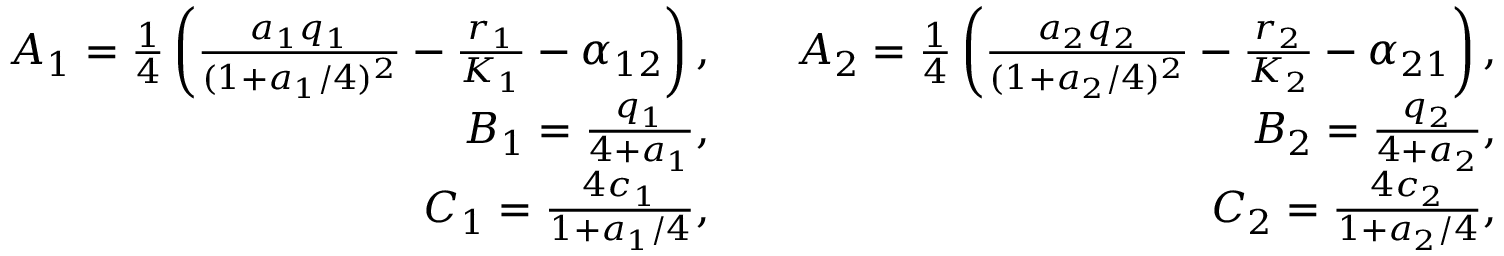
\begin{array} { r l r } { A _ { 1 } = \frac { 1 } { 4 } \left( \frac { a _ { 1 } q _ { 1 } } { ( 1 + a _ { 1 } / 4 ) ^ { 2 } } - \frac { r _ { 1 } } { K _ { 1 } } - \alpha _ { 1 2 } \right) , } & { } & { A _ { 2 } = \frac { 1 } { 4 } \left( \frac { a _ { 2 } q _ { 2 } } { ( 1 + a _ { 2 } / 4 ) ^ { 2 } } - \frac { r _ { 2 } } { K _ { 2 } } - \alpha _ { 2 1 } \right) , } \\ { B _ { 1 } = \frac { q _ { 1 } } { 4 + a _ { 1 } } , } & { } & { B _ { 2 } = \frac { q _ { 2 } } { 4 + a _ { 2 } } , } \\ { C _ { 1 } = \frac { 4 c _ { 1 } } { 1 + a _ { 1 } / 4 } , } & { } & { C _ { 2 } = \frac { 4 c _ { 2 } } { 1 + a _ { 2 } / 4 } , } \end{array}